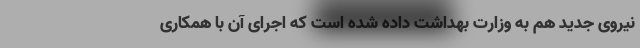
نیروی جدید هم به وزارت بهداشت داده شده است که اجرای آن با همکاری